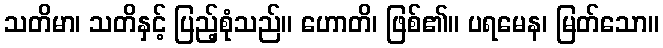
သတိမာ၊ သတိနှင့် ပြည့်စုံသည်။ ဟောတိ၊ ဖြစ်၏။ ပရမေန၊ မြတ်သော။